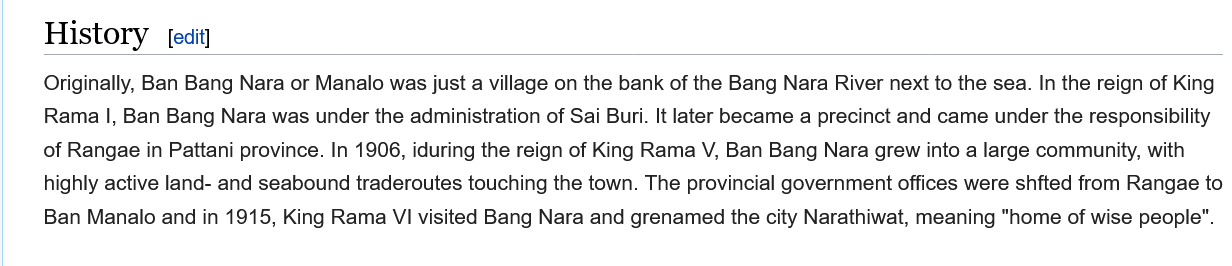
History    edit]
     Originally, Ban Bang Nara or Manalo was just a village on the bank of the Bang Nara River next to the sea. In the reign of King
     Rama I, Ban Bang Nara was under the administration of Sai Buri. It later became a precinct and came under the responsibility
     of Rangae in Pattani province. In 1906, iduring the reign of King Rama V, Ban Bang Nara grew into a large community, with
     highly active land- and seabound traderoutes touching the town. The provincial government offices were shfted from Rangae to
     Ban Manalo and in 1915, King Rama VI visited Bang Nara and grenamed the city Narathiwat, meaning "home of wise people".